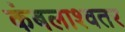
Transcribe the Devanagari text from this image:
कंबलाश्वतर